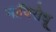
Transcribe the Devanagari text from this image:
नाविरोधू